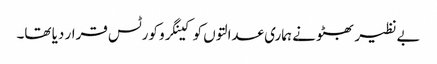
بے نظیر بھٹو نے ہماری عدالتوں کو کینگرو کورٹس قرار دیا تھا۔